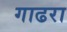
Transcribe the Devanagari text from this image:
गाढरा